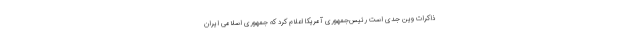
ذاکرات وین جدی است رئیس‌جمهوری آمریکا اعلام کرد که جمهوری اسلامی ایران